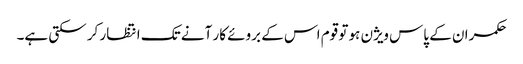
حکمران کے پاس ویژن ہو تو قوم اس کے بروئے کار آنے تک انتظار کر سکتی ہے۔